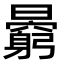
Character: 𣋶